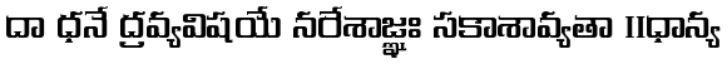
దా ధనే ద్రవ్యవిషయే నరేశాజ్ఞః సకాశావ్యతా ॥ధాన్య